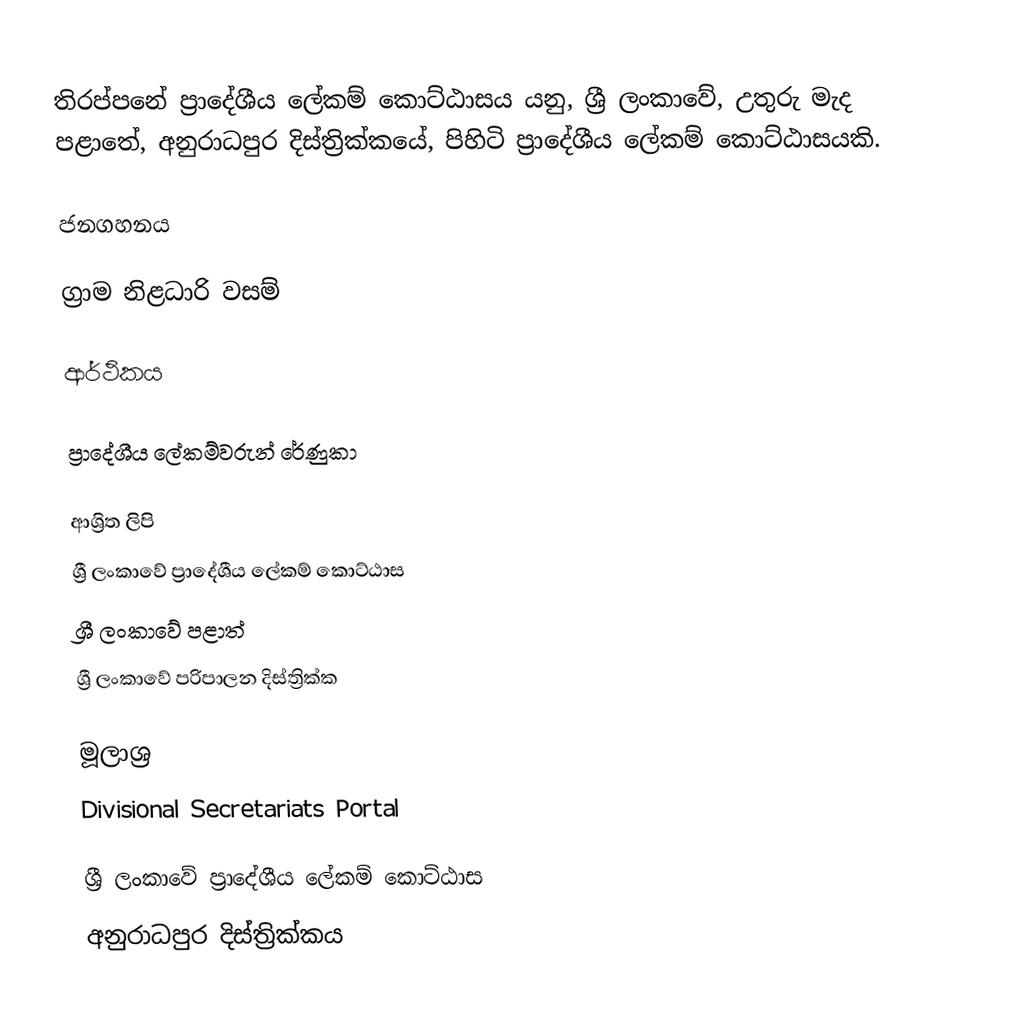
තිරප්පනේ ප්‍රාදේශීය ලේකම් කොට්ඨාසය යනු,  ශ්‍රී ලංකාවේ,  උතුරු මැද පළාතේ,   අනුරාධපුර දිස්ත්‍රික්කයේ, පිහිටි ප්‍රාදේශීය ලේකම් කොට්ඨාසයකි.

ජනගහනය

ග්‍රාම නිළධාරි වසම්

ආර්ථිකය

ප්‍රාදේශීය ලේකම්වරුන්  රේණුකා

ආශ්‍රිත ලිපි
ශ්‍රී ලංකාවේ ප්‍රාදේශීය ලේකම් කොට්ඨාස
ශ්‍රී ලංකාවේ පළාත්
ශ්‍රී ලංකාවේ පරිපාලන දිස්ත්‍රික්ක

මූලාශ්‍ර
 Divisional Secretariats Portal

ශ්‍රී ලංකාවේ ප්‍රාදේශීය ලේකම් කොට්ඨාස
අනුරාධපුර දිස්ත්‍රික්කය